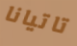
تاتيانا